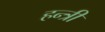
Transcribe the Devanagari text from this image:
हन्त्री